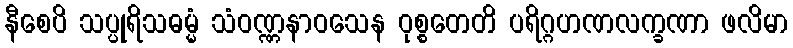
နီစေပိ သပ္ပုရိသဓမ္မံ သံဝဏ္ဏနာဝသေန ဝုစ္စတေတိ ပရိဂ္ဂဟဏလက္ခဏာ ဖလိမာ